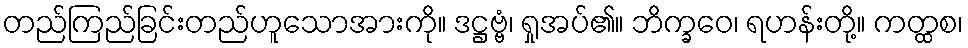
တည်ကြည်ခြင်းတည်ဟူသောအားကို။ ဒဋ္ဌဗ္ဗံ၊ ရှုအပ်၏။ ဘိက္ခဝေ၊ ရဟန်းတို့။ ကတ္ထစ၊